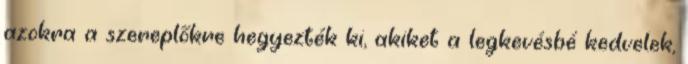
azokra a szereplőkre hegyezték ki, akiket a legkevésbé kedvelek,